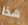
هذا